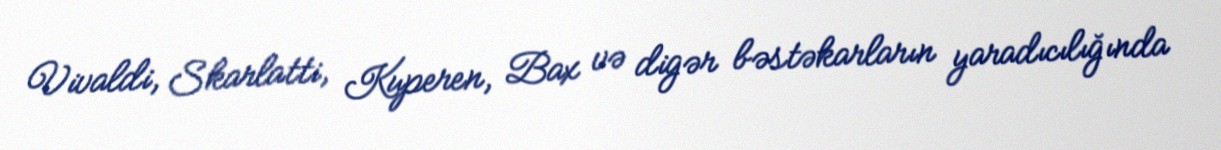
Vivaldi, Skarlatti, Kuperen, Bax və digər bəstəkarların yaradıcılığında